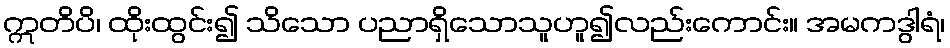
ဣတိပိ၊ ထိုးထွင်း၍ သိသော ပညာရှိသောသူဟူ၍လည်းကောင်း။ အမကဒွါရံ၊